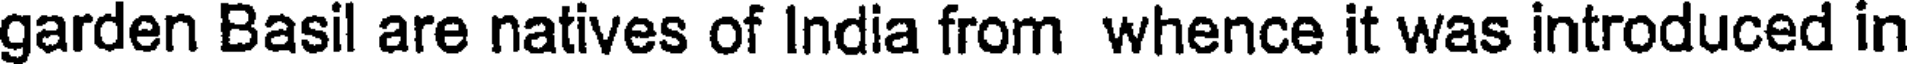
garden Basil are natives of India from whence it was introduced in